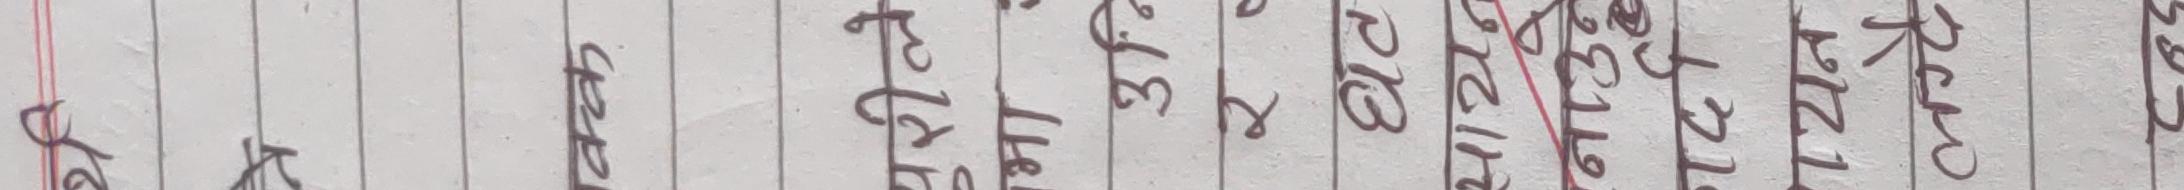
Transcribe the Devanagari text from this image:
हो अजय हेमंत नंदन १३१ ३.३ २१३ ४४८३ २१२८ २१२८ रविना २००८